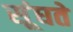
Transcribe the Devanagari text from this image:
सूंघते